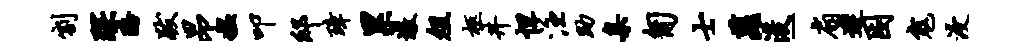
割琛酪跋昂媪叩邸璋累墩俎柩井怛注助臬匍士萝浚-扇迟困寇浸